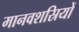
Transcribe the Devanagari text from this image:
मानवशस्रियों